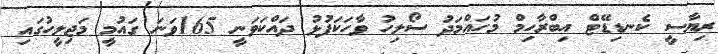
ރިޔާސީ ކެނޑިޑޭޓް އިބްރާހިމް މުހައްމަދު ސޯލިހު ވާހަކަފުޅު ދައްކަވަނީ 165ވަނަ ގައުމީ މަޖިލީހުގައި